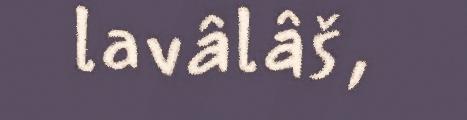
lavâlâš,